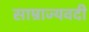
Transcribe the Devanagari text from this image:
साम्राज्यवदी